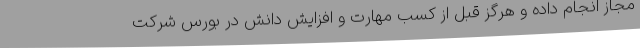
مجاز انجام داده و هرگز قبل از کسب مهارت و افزایش دانش در بورس شرکت